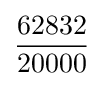
62832 \over 20000